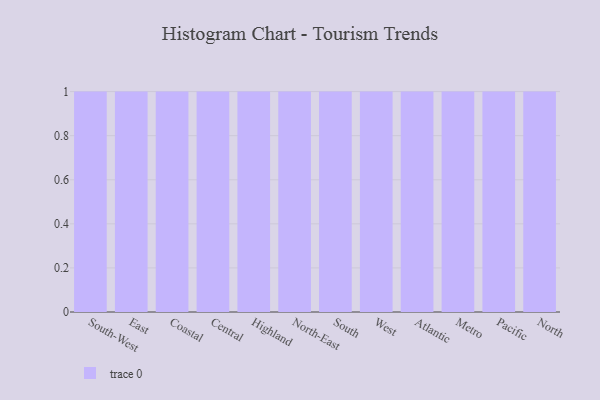
{"axis": {"x": "Region", "y": "Tickets Resolved"}, "legend": [""], "data": [{"x": "South-West", "y": 76, "type": ""}, {"x": "East", "y": 33, "type": ""}, {"x": "Coastal", "y": 62, "type": ""}, {"x": "Central", "y": 12, "type": ""}, {"x": "Highland", "y": 30, "type": ""}, {"x": "North-East", "y": 77, "type": ""}, {"x": "South", "y": 97, "type": ""}, {"x": "West", "y": 49, "type": ""}, {"x": "Atlantic", "y": 10, "type": ""}, {"x": "Metro", "y": 26, "type": ""}, {"x": "Pacific", "y": 48, "type": ""}, {"x": "North", "y": 18, "type": ""}]}